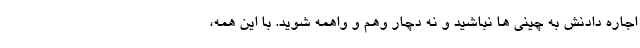
اجاره دادنش به چینی ها نباشید و نه دچار وهم و واهمه شوید. با این همه،